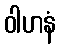
ဝါဟနံ